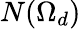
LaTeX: N(\Omega_{d})